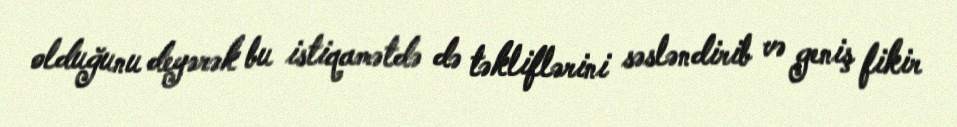
olduğunu deyərək bu istiqamətdə də təkliflərini səsləndirib və geniş fikir